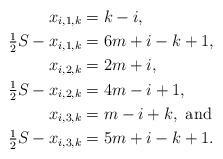
LaTeX: \begin{align*}x_{i,1,k} &= k-i, \\\tfrac{1}{2} S -x_{i,1,k} &= 6m+i-k+1, \\x_{i,2,k} &= 2m+i, \\\tfrac{1}{2} S - x_{i,2,k} &= 4m-i+1, \\x_{i,3,k} &= m-i+k, \mbox{ and } \\\tfrac{1}{2} S - x_{i,3,k} &= 5m+i-k+1. \end{align*}